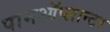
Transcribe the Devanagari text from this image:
पामऑप्लान्टर